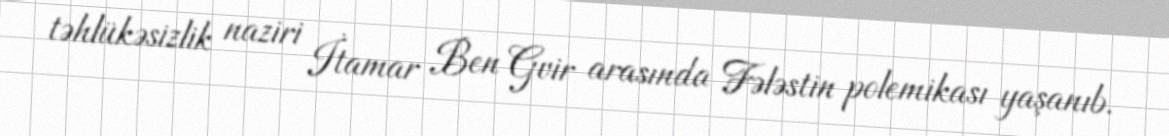
təhlükəsizlik naziri İtamar Ben Gvir arasında Fələstin polemikası yaşanıb.